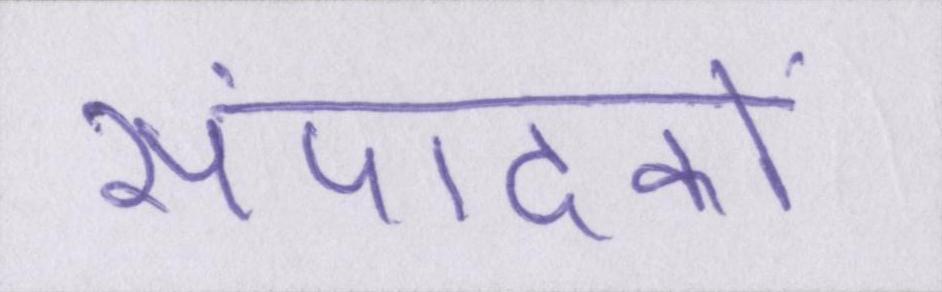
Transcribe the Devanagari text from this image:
संपादकों